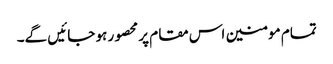
تمام مومنین اس مقام پر محصور ہو جائیں گے۔